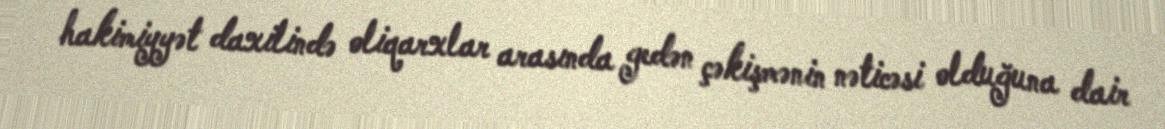
hakimiyyət daxilində oliqarxlar arasında gedən çəkişmənin nəticəsi olduğuna dair